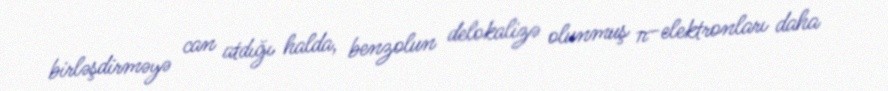
birləşdirməyə can atdığı halda, benzolun delokalizə olunmuş π-elektronları daha